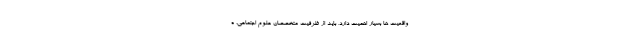
واقعیت ها بسیار اهمیت دارد، باید از ظرفیت متخصصان علوم اجتماعی، ه